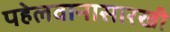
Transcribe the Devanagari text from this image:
पहेलवानासारखी